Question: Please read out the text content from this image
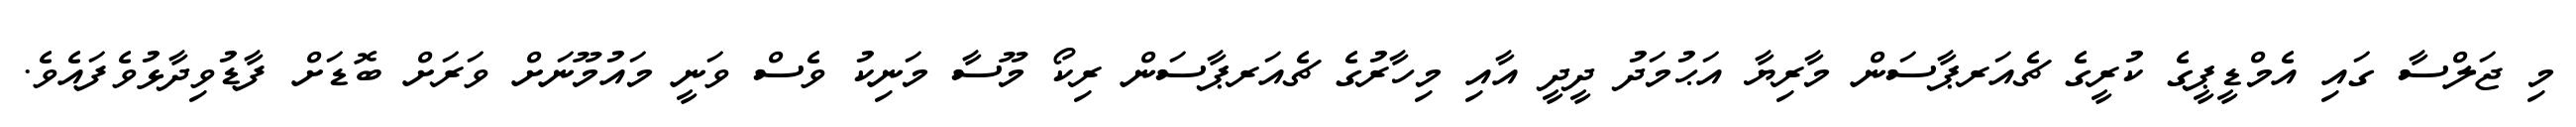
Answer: މި ޖަލްސާ ގައި އެމްޑީޕީގެ ކުރީގެ ޗެއަރޕާސަން މާރިޔާ އަޙުމަދު ދީދީ އާއި މިހާރުގެ ޗެއަރޕާސަން ރިކޯ މޫސާ މަނިކު ވެސް ވަނީ މައުމޫނަށް ވަރަށް ބޮޑަށް ފާޑުވިދާޅުވެފައެވެ.